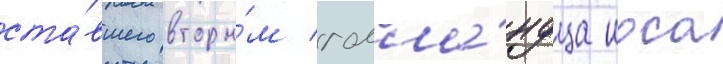
ста́вшего вторы́м голла́ндца иоса